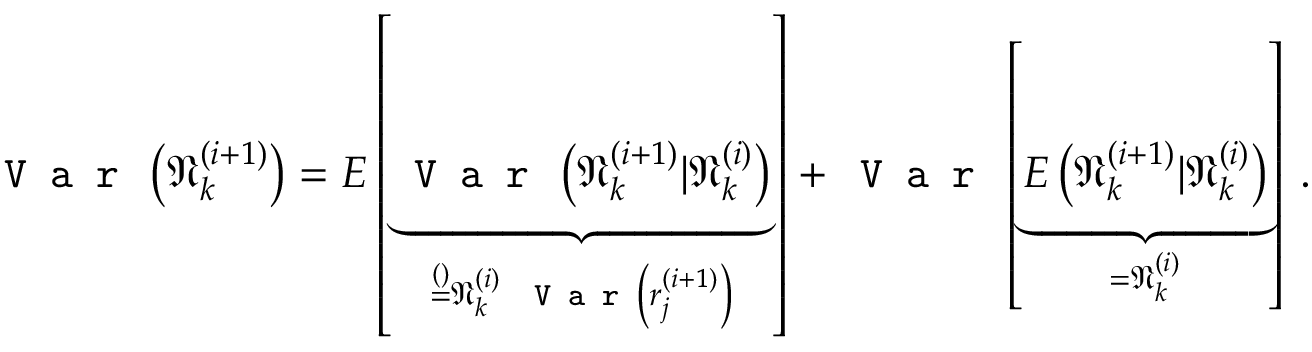
\texttt { V a r } \left( \mathfrak { N } _ { k } ^ { ( i + 1 ) } \right) = E \left[ \underbrace { \texttt { V a r } \left( \mathfrak { N } _ { k } ^ { ( i + 1 ) } | \mathfrak { N } _ { k } ^ { ( i ) } \right) } _ { \stackrel { ( ) } { = } \mathfrak { N } _ { k } ^ { ( i ) } ~ \texttt { V a r } \left( r _ { j } ^ { ( i + 1 ) } \right) } \right] + \texttt { V a r } \left[ \underbrace { E \left( \mathfrak { N } _ { k } ^ { ( i + 1 ) } | \mathfrak { N } _ { k } ^ { ( i ) } \right) } _ { = \mathfrak { N } _ { k } ^ { ( i ) } } \right] \, .